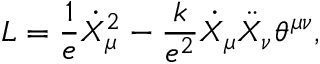
{ \cal L } = \frac { 1 } { e } \dot { X } _ { \mu } ^ { 2 } - \frac { k } { e ^ { 2 } } \dot { X } _ { \mu } \ddot { X } _ { \nu } \theta ^ { \mu \nu } ,